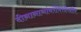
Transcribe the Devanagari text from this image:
दीनानाथांबरोबरदेखील